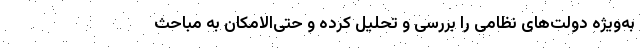
به‌ویژه دولت‌های نظامی را بررسی و تحلیل کرده و حتی‌الامکان به‌ مباحث